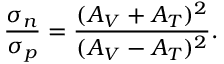
{ \frac { \sigma _ { n } } { \sigma _ { p } } } = { \frac { ( A _ { V } + A _ { T } ) ^ { 2 } } { ( A _ { V } - A _ { T } ) ^ { 2 } } } .